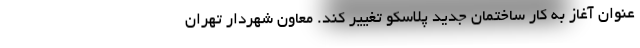
عنوان آغاز به کار ساختمان جدید پلاسکو تغییر کند. معاون شهردار تهران